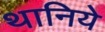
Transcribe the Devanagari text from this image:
थानिये